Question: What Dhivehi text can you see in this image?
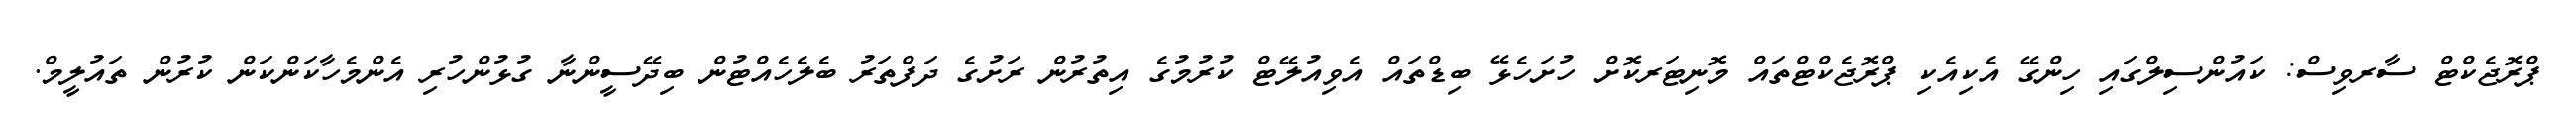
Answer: ޕްރޮޖެކްޓް ސާރވިސް: ކައުންސިލްގައި ހިންގޭ އެކިއެކި ޕްރޮޖެކްޓްތައް މޮނިޓަރކޮށް ހުށަހެޅޭ ބިޑްތައް އެވިއުލޭޓް ކުރުމުގެ އިތުރުން ރަށުގެ ދަފްތަރު ބެލެހެއްޓުން ބިދޭސީންނާ ގުޅުންހުރި އެންމެހާކަންކަން ކުރުން ތައުލީމް.